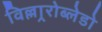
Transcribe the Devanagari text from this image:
विल्लार्‍रोब्लेडो